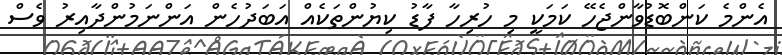
އެންމެ ކަންބޮޑުވާންޖެހޭ ކަމަކީ މި ހުރިހާ ފާޑު ކިޔުންތަކެއް އަބަދުހެން އަންނަމުންދާއިރު ވެސް